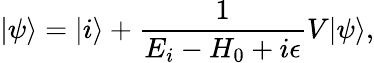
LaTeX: |\psi\rangle=|i\rangle+\frac{1}{E_{i}-H_{0}+i\epsilon}V|\psi\rangle,